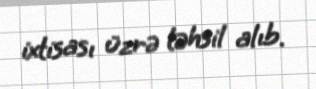
ixtisası üzrə təhsil alıb.